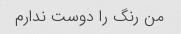
من رنگ را دوست ندارم